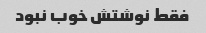
فقط نوشتش خوب نبود